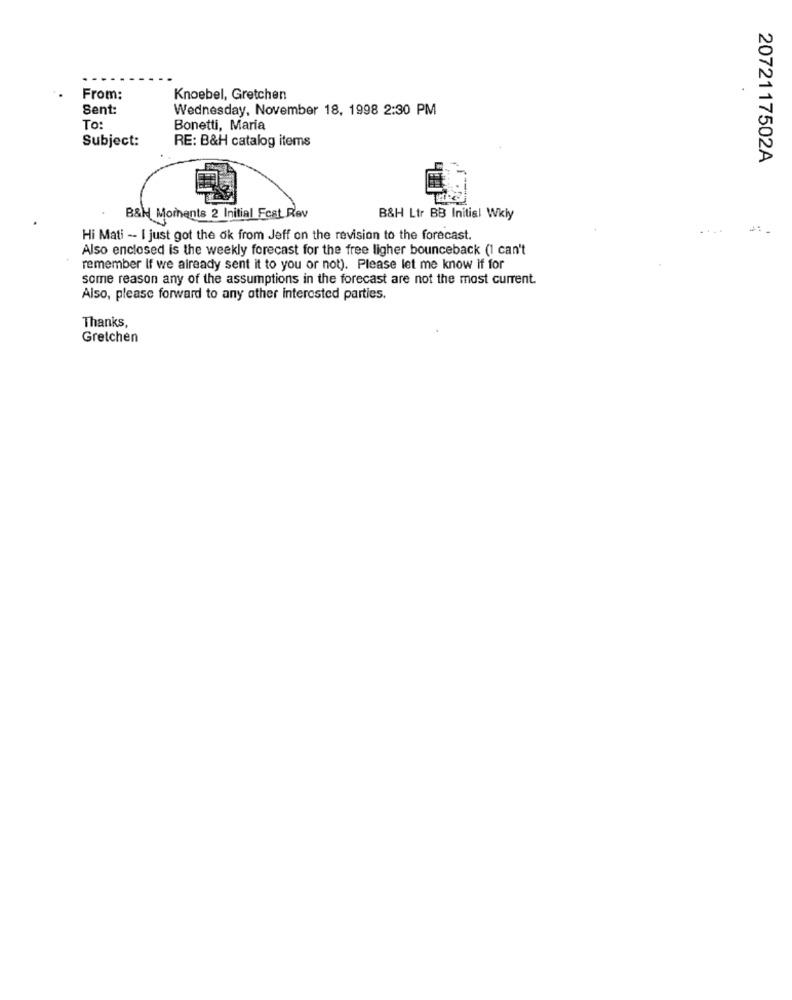
From:
Knoebel, Gretchen
Sent:
Wednesday, November 18, 1998 2:30 PM
To:
Bonetti, Maria
Subject:
RE: B&H catalog items
2072117502A
B&H Moments 2 Initial Fcat Rov
B&H Ltr BB Initial Wkly
Hi Mati -- I just got the ok from Jeff on the revision to the forecast.
Also enclosed is the weekly forecast for the free ligher bounceback (1 can't
remember If we already sent it to you or not). Please let me know if for
some reason any of the assumptions in the forecast are not the most current.
Also, please forward to any other interested parties.
Thanks,
Gretchen